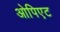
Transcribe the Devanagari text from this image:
ओपिएट